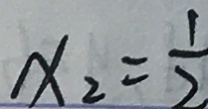
x _ { 2 } = \frac { 1 } { 2 }